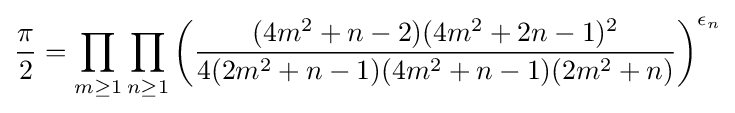
{\frac {\pi }{2}}=\prod _{m\geq 1}\prod _{n\geq 1}\left({\frac {(4m^{2}+n-2)(4m^{2}+2n-1)^{2}}{4(2m^{2}+n-1)(4m^{2}+n-1)(2m^{2}+n)}}\right)^{\epsilon _{n}}